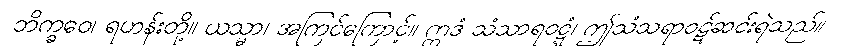
ဘိက္ခဝေ၊ ရဟန်းတို့။ ယသ္မာ၊ အကြင်ကြောင့်။ ဣဒံ သံသာရဝဋ္ဋံ၊ ဤသံသရာဝဋ်ဆင်းရဲသည်။